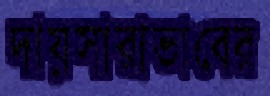
দায়সারাভাবের